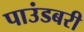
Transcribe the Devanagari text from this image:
पाउंडबरी